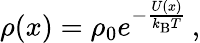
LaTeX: \rho(x)=\rho_{0}e^{-\frac{U(x)}{k_{\mathrm{B}}T}}\, ,